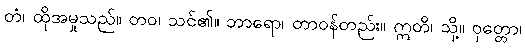
တံ၊ ထိုအမှုသည်။ တဝ၊ သင်၏။ ဘာရော၊ တာဝန်တည်း။ ဣတိ၊ သို့။ ဝုတ္တော၊